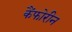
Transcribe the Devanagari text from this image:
कैंफोरीन